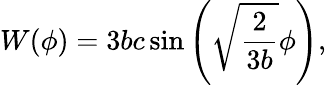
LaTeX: W(\phi)=3bc\sin\left(\sqrt{\frac{2}{3b}}\phi\right),